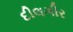
દીલગીર